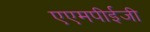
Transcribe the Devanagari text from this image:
एएमपीईजी